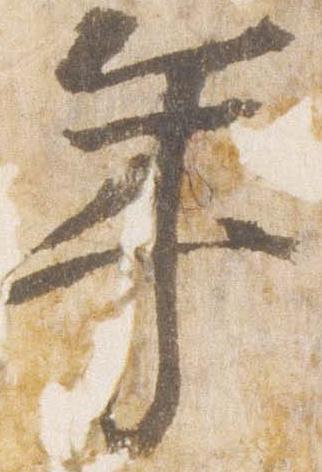
年